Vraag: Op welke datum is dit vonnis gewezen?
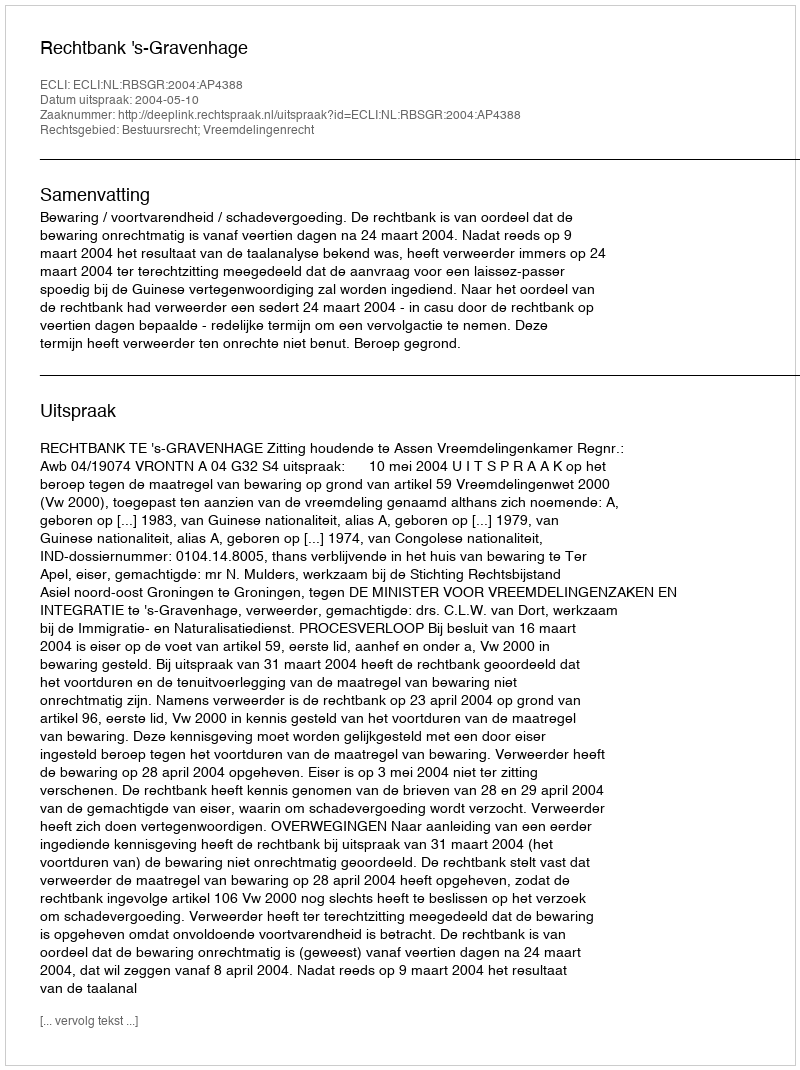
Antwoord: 2004-05-10